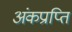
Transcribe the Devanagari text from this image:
अंकप्राप्ति